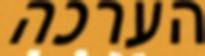
הערכה